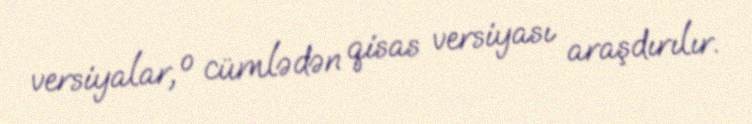
versiyalar, o cümlədən qisas versiyası araşdırılır.